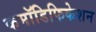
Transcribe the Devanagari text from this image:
कमॉडिफिकेशन